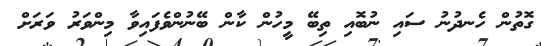
ގޮތުން ހެނދުނު ސައި ނުބޮއި ތިބޭ މީހުން ކާން ބޭނުންވެފައިވާ މިންވަރު ވަރަށް